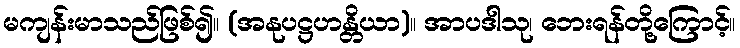
မကျန်းမာသည်ဖြစ်၍။ (အနုပဋ္ဌဟန္တိယာ)။ အာပဒါသု၊ ဘေးရန်တို့ကြောင့်။